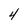
Character: 4